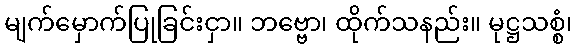
မျက်မှောက်ပြုခြင်းငှာ။ ဘဗ္ဗော၊ ထိုက်သနည်း။ မုဋ္ဌသစ္စံ၊